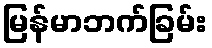
မြန်မာဘက်ခြမ်း